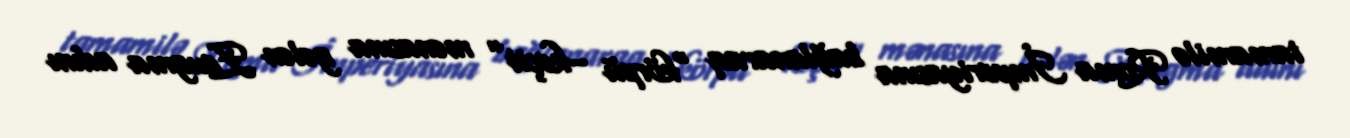
tamamilə Roma İmperiyasına bağlanaraq “körpü –keçit” mənasına gələn Zeugma adını